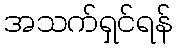
အသက်ရှင်ရန်